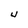
Character: U